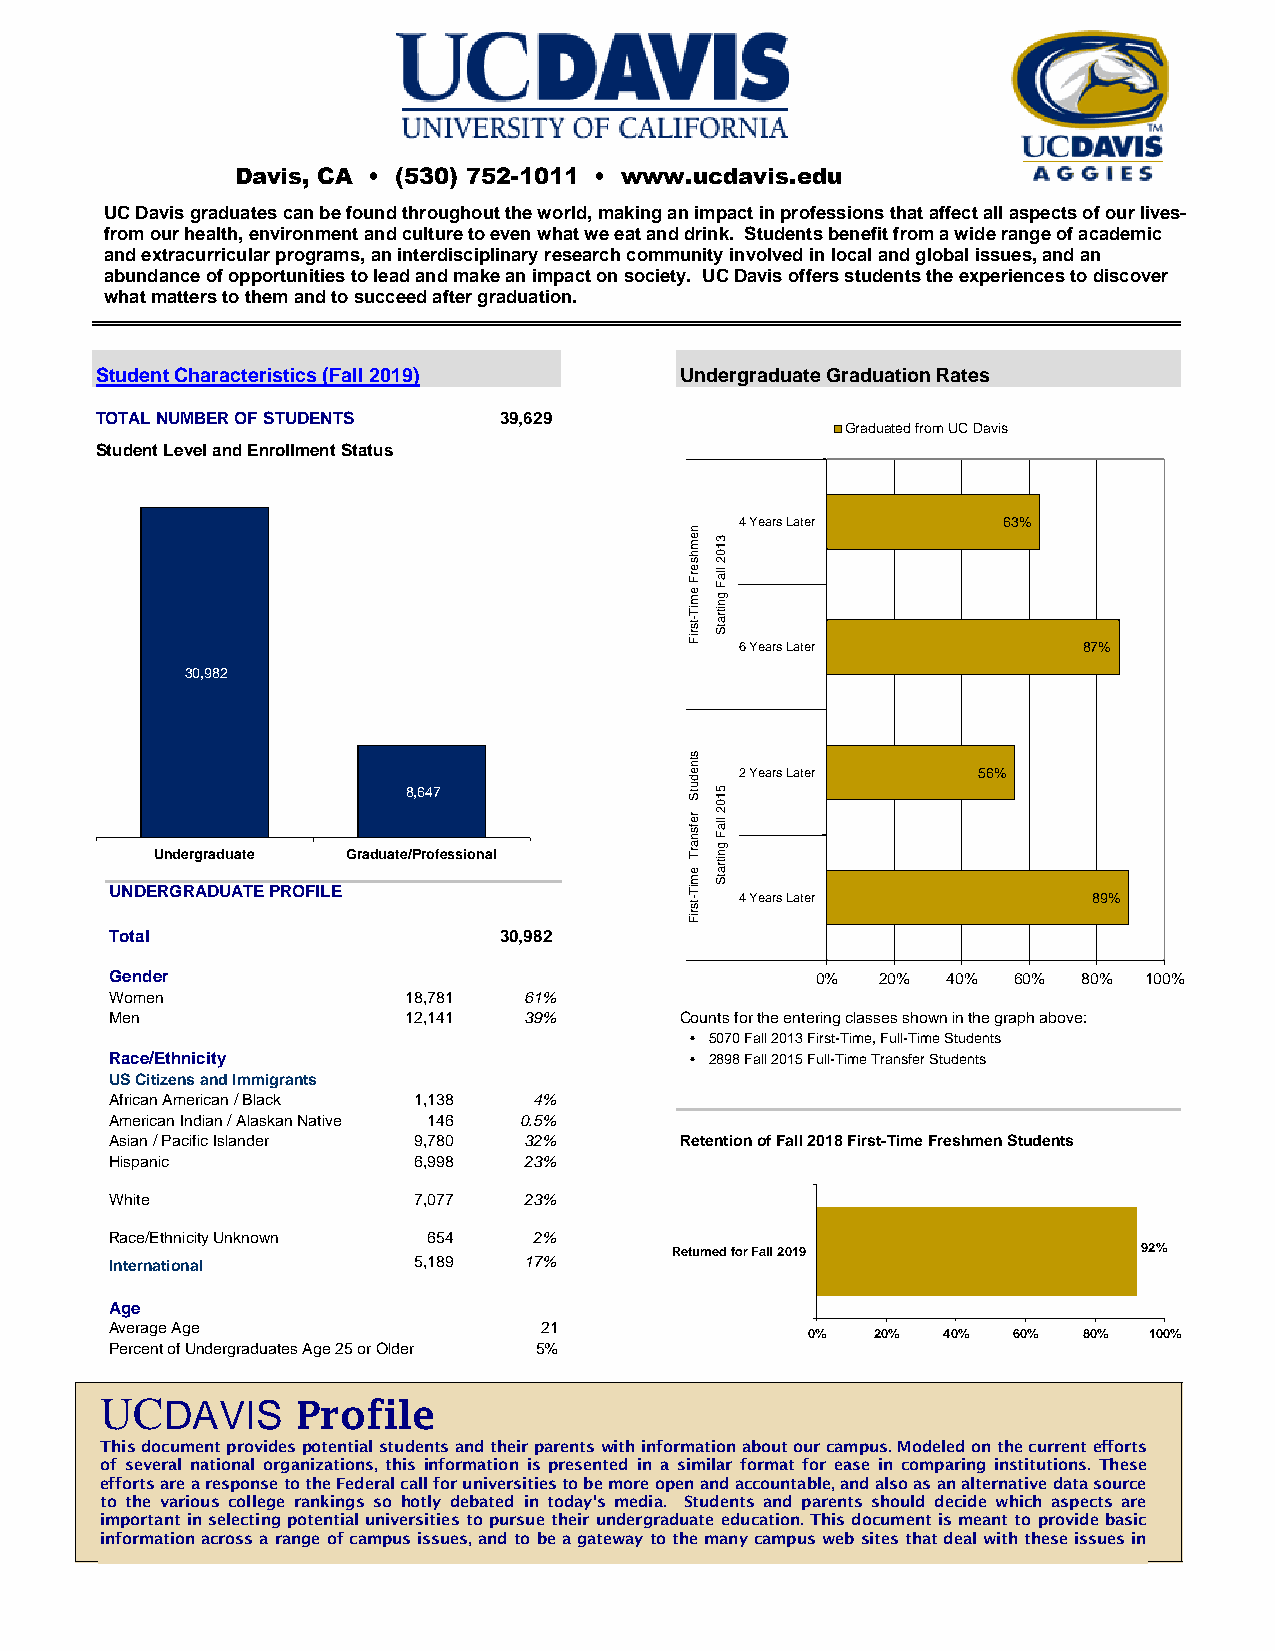
Davis, CA • (530) 752-1011 • www.ucdavis.edu
 UC Davis graduates can be found throughout the world,making an impact in professions that affect all aspects of our lives-
 from our health, environment and culture to even what we eat and drink. Students benefit from a wide range of academic
 and extracurricular programs, an interdisciplinary research community involved in local and global issues, and an
 abundance of opportunities to lead and make an impact on society. UC Davis offers students the experiences to discover
 what matters to them and to succeed after graduation.
 Student Characteristics (Fall 2019)    Undergraduate Graduation Rates
 TOTAL NUMBER OF STUDENTS   39,629
 Graduated from UC Davis
 Student Level and Enrollment Status
 4 Years Later    63%
 n
 e m 3 1
 h s
 e rF
 e m iT
 -tsriF
 0 2
 lla
 F
 g n itra
 tS
 6 Years Later          87%
 30,982
 stn
 e  2 Years Later   56%
 d
 8,647              u tS 5 1
 Undergraduate Graduate/Professional
 re fs
 n
 a rT
 e
 0
 2 lla
 F
 g n
 itra
 m tS
 UNDERGRADUATE PROFILE                  iT
 -tsriF 4 Years Later      89%
 Total                     30,982
 Gender                                         0%  20%  40% 60%  80% 100%
 Women               1 8,781 61%
 Men                 1 2,141 39%       Counts for the entering classes shown in the graph above:
 • 5070 Fall 2013 First-Time, Full-Time Students
 Race/Ethnicity                         • 2898 Fall 2015 Full-Time Transfer Students
 US Citizens and Immigrants
 African American / Black 1,138 4%
 American Indian / Alaskan Native 146 0.5%
 Asian / Pacific Islander 9,780 32%    Retention of Fall 2018 First-Time Freshmen Students
 Hispanic            6,998   23%
 White               7,077   23%
 Race/Ethnicity Unknown 654  2%
 Returned for Fall 2019         92%
 International       5,189   17%
 Age
 Average Age                  21
 0%   20% 40%  60%  80% 100%
 Percent of Undergraduates Age 25 or Older 5%
 UCDAVIS      Profile
 Thisdocumentprovidespotentialstudentsandtheirparentswithinformationaboutourcampus.Modeledonthecurrentefforts
 of several national organizations, this information is presented in a similar format for ease in comparing institutions. These
 effortsarearesponsetotheFederalcallforuniversitiestobemoreopenandaccountable,andalsoasanalternativedatasource
 to the various college rankings so hotly debated in today's media. Students and parents should decide which aspects are
 important in selecting potential universities to pursuetheir undergraduate education. This document is meant to provide basic
 informationacrossarangeof campusissues,andtobeagatewaytothTehmisa npyrocafmilep uwsawse lbassitt eusptdhaattedde aolnw Fitehbtrhueaseryi s1s,u 2e0s1in7